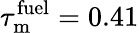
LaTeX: \tau_{\mathrm{m}}^{\mathrm{fuel}}=0.41